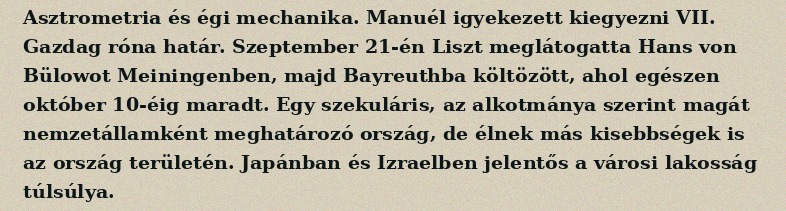
Asztrometria és égi mechanika. Manuél igyekezett kiegyezni VII. Gazdag róna határ. Szeptember 21-én Liszt meglátogatta Hans von Bülowot Meiningenben, majd Bayreuthba költözött, ahol egészen október 10-éig maradt. Egy szekuláris, az alkotmánya szerint magát nemzetállamként meghatározó ország, de élnek más kisebbségek is az ország területén. Japánban és Izraelben jelentős a városi lakosság túlsúlya.